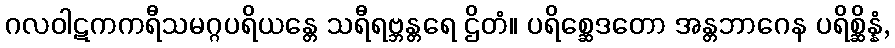
ဂလဝါဋကကရီသမဂ္ဂပရိယန္တေ သရီရဗ္ဘန္တရေ ဌိတံ။ ပရိစ္ဆေဒတော အန္တဘာဂေန ပရိစ္ဆိန္နံ,